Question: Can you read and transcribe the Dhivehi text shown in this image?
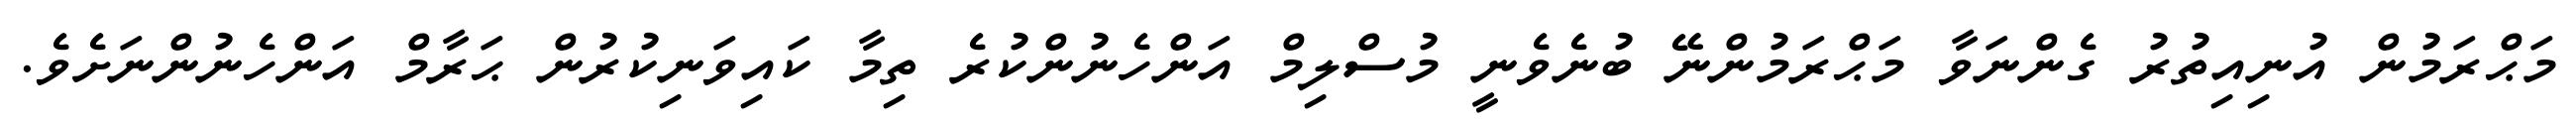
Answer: މަޙްރަމުން އުނިއިތުރު ގެންނަވާ މަޙްރަމުންނޭ ބުނެވެނީ މުސްލިމް އަންހެނުންކުރެ ތިމާ ކައިވަނިކުރުން ޙަރާމް އަންހެނުންނަށެވެ.